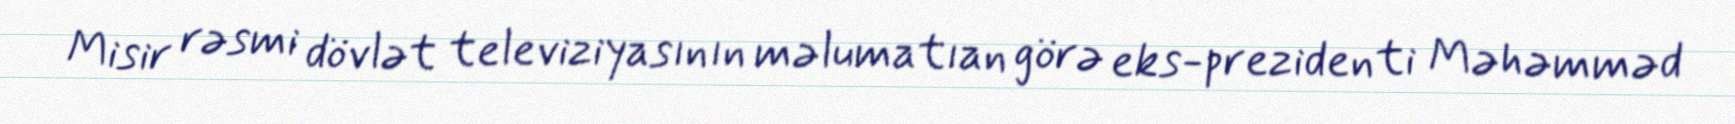
Misir rəsmi dövlət televiziyasının məlumatıan görə eks-prezidenti Məhəmməd